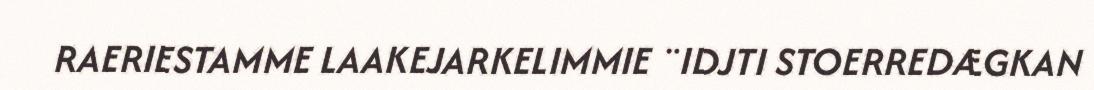
RAERIESTAMME LAAKEJARKELIMMIE ¨IDJTI STOERREDÆGKAN